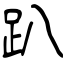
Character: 趴